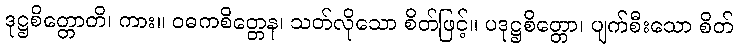
ဒုဋ္ဌစိတ္တောတိ၊ ကား။ ဝဓကစိတ္တေန၊ သတ်လိုသော စိတ်ဖြင့်။ ပဒုဋ္ဌစိတ္တော၊ ပျက်စီးသော စိတ်